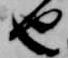
也